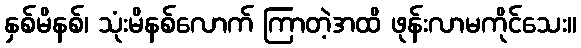
နှစ်မိနစ်၊ သုံးမိနစ်လောက် ကြာတဲ့အထိ ဖုန်းလာမကိုင်သေး။